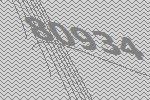
80934